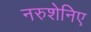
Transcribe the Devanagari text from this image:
नरुशेनिए